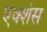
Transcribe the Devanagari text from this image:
एक्शंस